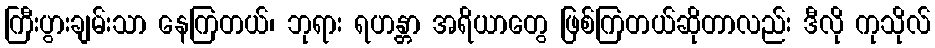
ကြီးပွားချမ်းသာ နေကြတယ်၊ ဘုရား ရဟန္တာ အရိယာတွေ ဖြစ်ကြတယ်ဆိုတာလည်း ဒီလို ကုသိုလ်